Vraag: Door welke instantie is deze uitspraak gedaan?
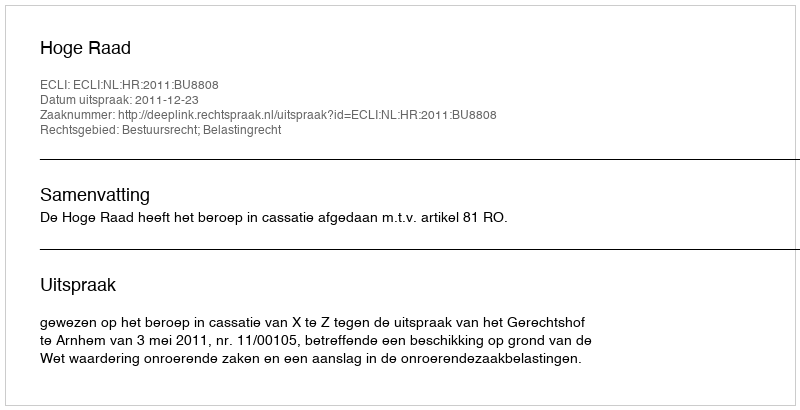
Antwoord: Hoge Raad